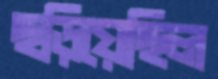
ছড়িয়েছিল